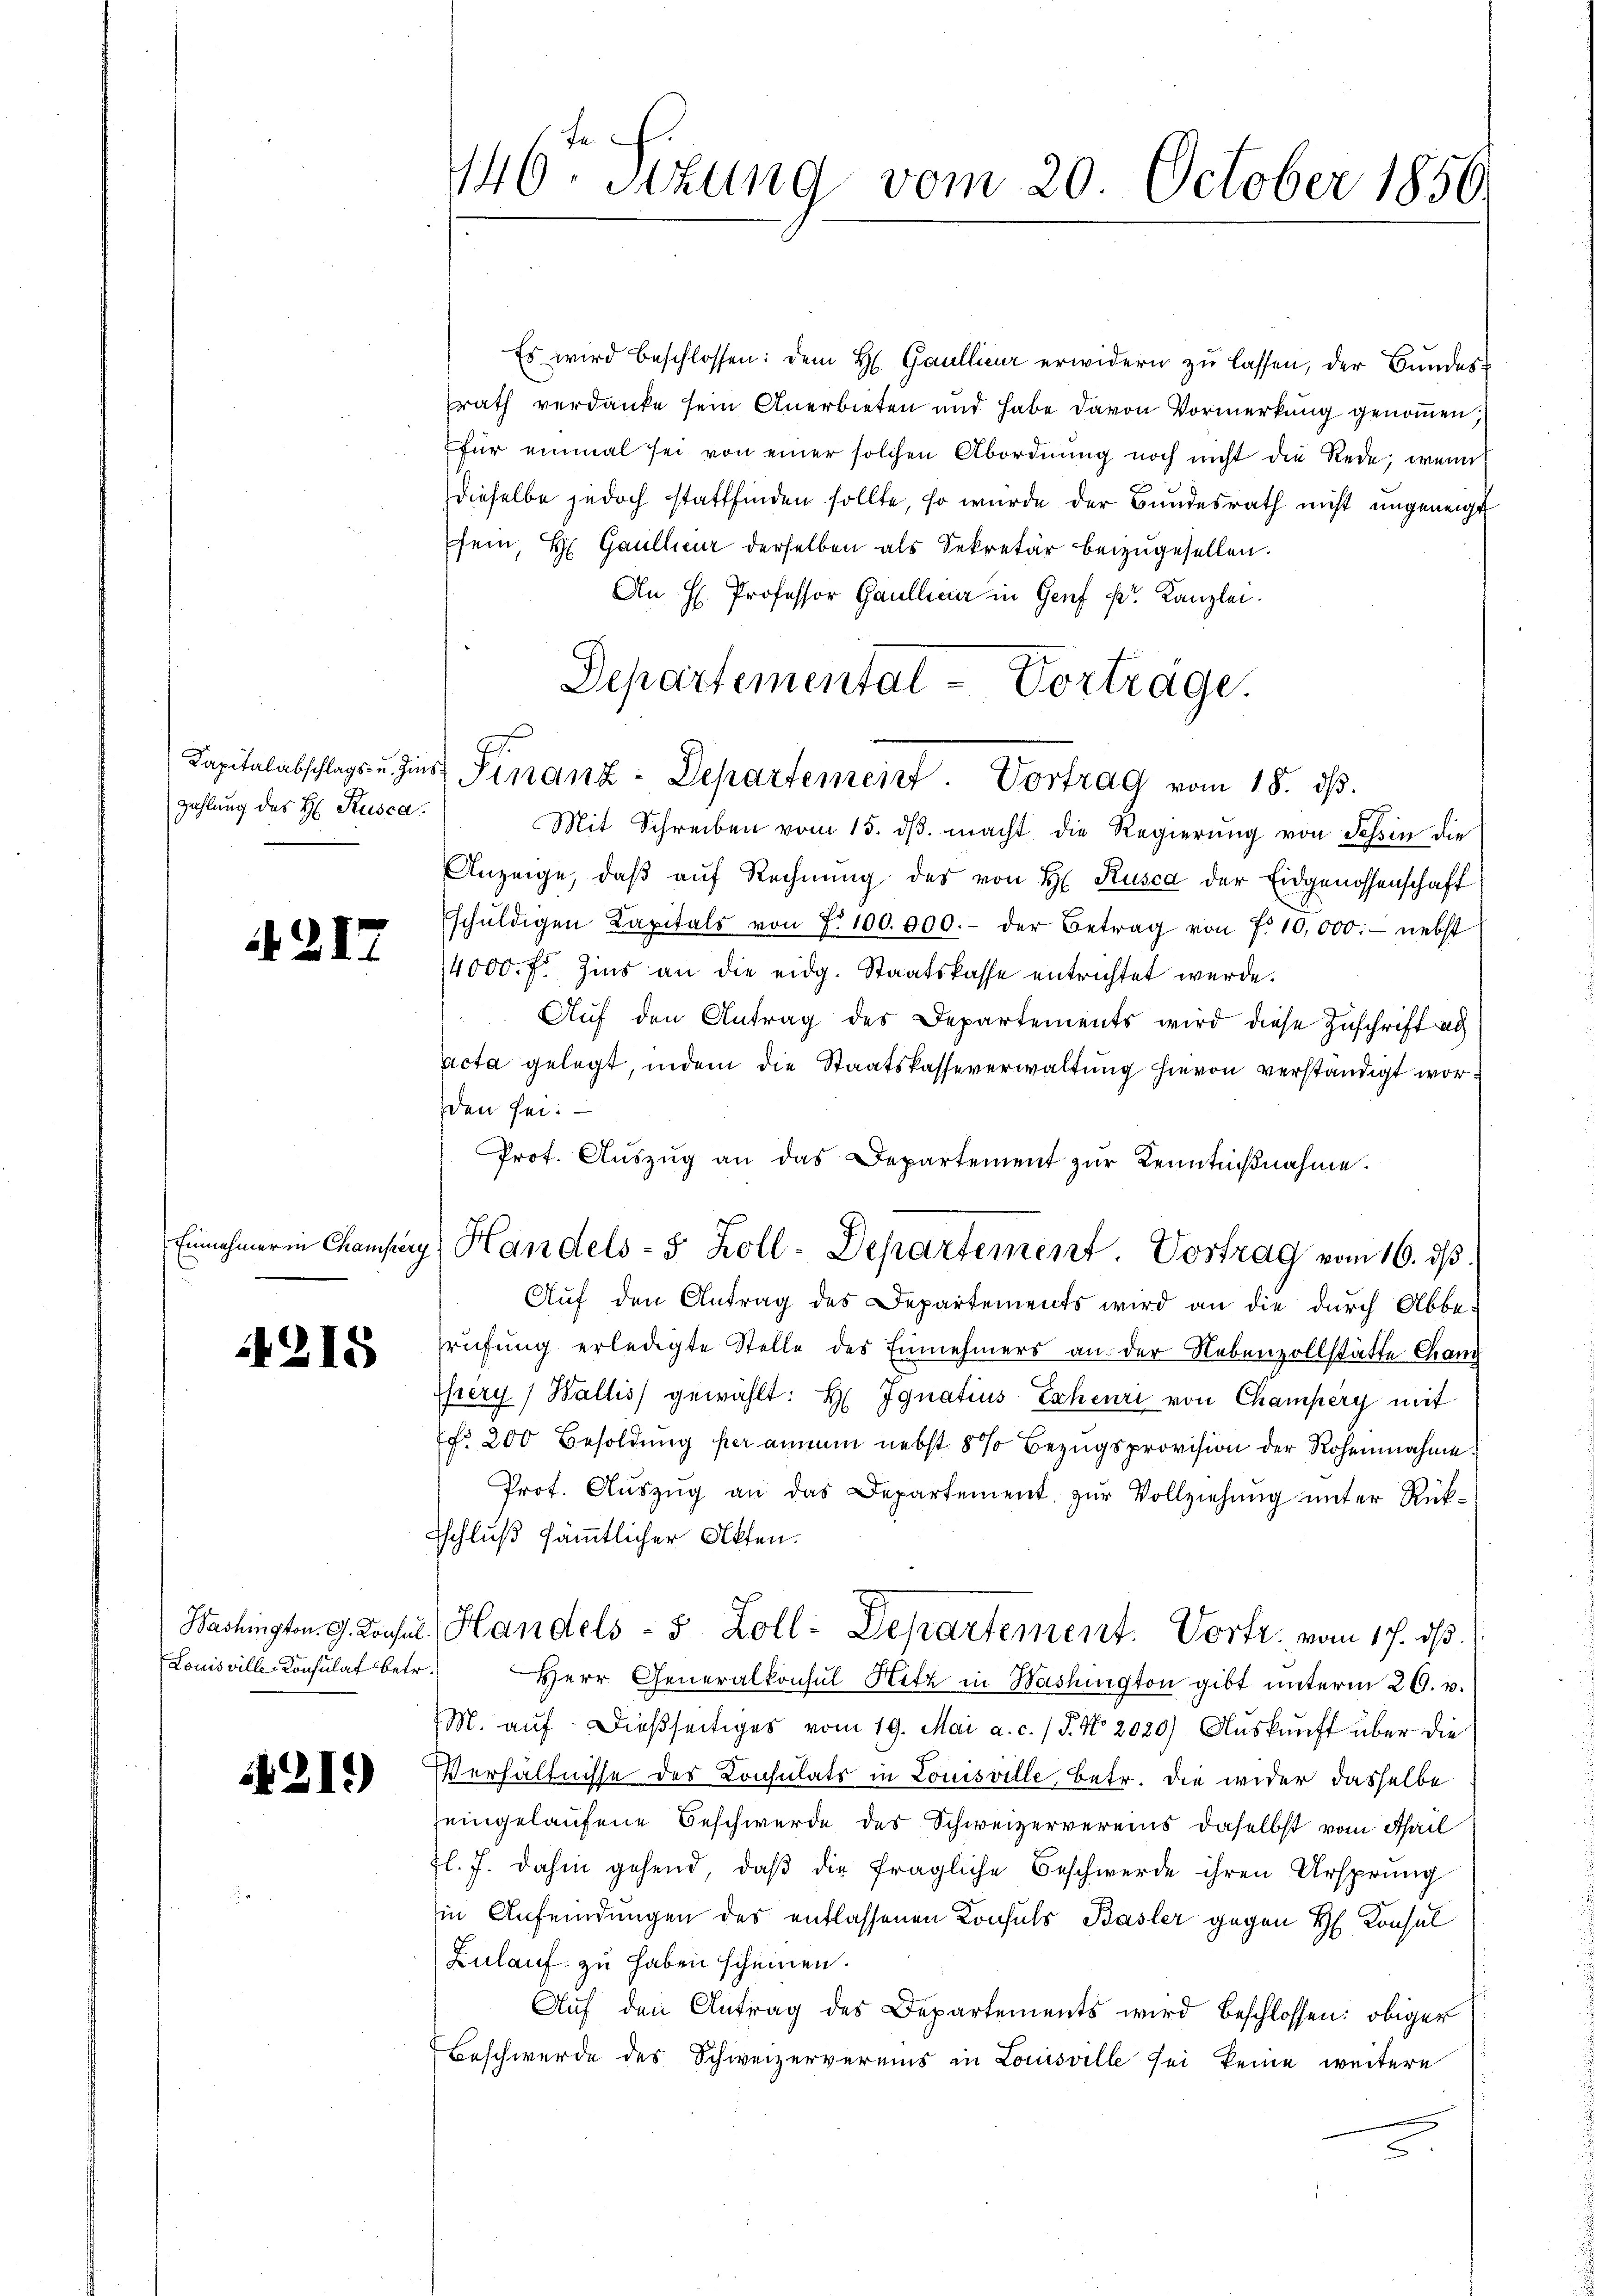
zahlung des H. Kusca.

4217

Einnehmer in Champery

218

Washington. G. Konsul
Louisville-Konsulat betr.

1219)

146. Sitzung vom 20. October 1856

Es wird beschlossen: dem H. Gaullieur erwidern zŭ lassen, der Bundes¬
Erath verdanke sein Anerbieten und habe davon Vormerkung genommen,
für einmal sei von einer solchen Abordnŭng noch nicht die Rede, wenn
dieselbe jedoch stattfinden sollte, so wurde der Bundesrath nicht ungeneigt
sein H Gaulleur derselben als Sekretär beizugesellen.
An H. Professor Gaullienz in Genf kr. Kanzlei.
Mit Schreiben vom 15. dβ macht die Regierung von Schin die
Anzeige, daβ aŭf Rechnŭng des von H. Rusca der Eidgenossenschaft
schŭldigen Kapitals von d. 100.000.- der Betrag von 7. 10,000.- nebst
4000. f. Zins an die eidg. Staatskasse entrichtet werde.
Aŭf den Antrag des Departements wird diese Zuschrift ad
acta gelegt, indem die Staatskasseverwaltung hievon verständigt wor
den sei.
Prot. Aŭszŭg an das Departement zŭr Kenntniβnahme.
 Handels- 5 Zoll-Departement. Vostrag vom 16. ds.
Aŭf den Antrag des Departements wird an die durch Abbe¬
Prüfung erledigte Stelle des Einnehmers an der Nebenzollstätte Chang
hery) Wallis gewählt: H. Ignatius Escheuri von Champery mit
fr. 200 Besoldung per annum nebst 8% Bezugsprovision der Rohennahme
Prof. Aŭszŭg an das Departement zŭr Vollziehŭng ŭnter Rück-
Eschluß sämmtlicher Akten.
Handels- 5 Zoll-Departement. Vortr. vom 17. ds.
Herr Generalkonsul Hitz in Washington gibt unterm 26. v.
M. aŭf dießseitiges vom 19. Mai a. c. / 5. No. 2020) Aŭskŭnft über die
Verhältnisse des Consulats in Louisville, betr. die wider dasselbe
seingelaufene Beschwerde des Schweizervereins daselbst vom April
fl. 7. dahin gehend, daβ die fragliche Beschwerde ihren Ursprung
in Anfeindungen des entlassenen Consuls Basler gegen H. Konsul
Zulauf zu haben scheinen.
Auf den Antrag des Departements wird beschlossen: obiger
Beschwerde des Schweizervereins in Louisville sei keine weitere

Departemental-Vorträge.
Kapitalabschlags- u. dies Finanz-Departemeist. Vortrag vom 18. dβ.